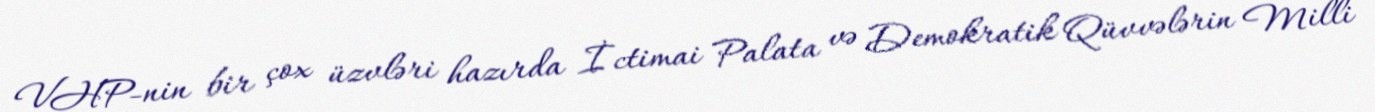
VHP-nin bir çox üzvləri hazırda İctimai Palata və Demokratik Qüvvələrin Milli